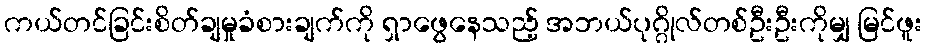
ကယ်တင်ခြင်းစိတ်ချမှုခံစားချက်ကို ရှာဖွေနေသည့် အဘယ်ပုဂ္ဂိုလ်တစ်ဦးဦးကိုမျှ မြင်ဖူး